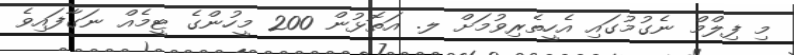
މި ފިލްމް ނެގުމުގައި އެހީތެރިވުމަށް ލ. އަތޮޅުން 200 މީހުންގެ ޓީމެއް ނަގާފައިވެ